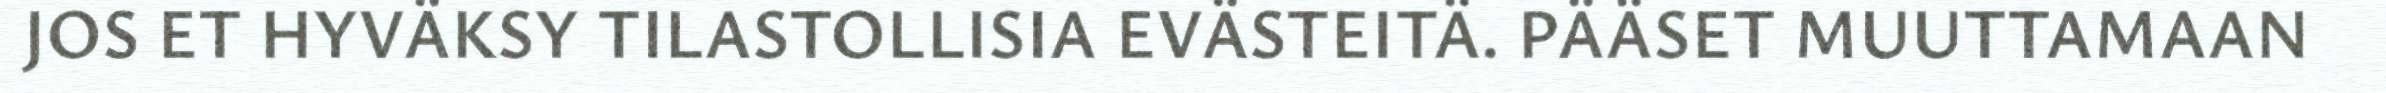
JOS ET HYVÄKSY TILASTOLLISIA EVÄSTEITÄ. PÄÄSET MUUTTAMAAN